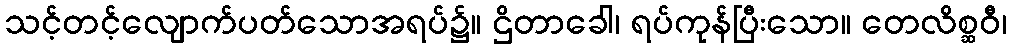
သင့်တင့်လျောက်ပတ်သောအရပ်၌။ ဌိတာခေါ၊ ရပ်ကုန်ပြီးသော။ တေလိစ္ဆဝီ၊